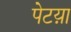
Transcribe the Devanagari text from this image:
पेटय़ा